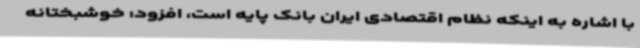
با اشاره به اینکه نظام اقتصادی ایران بانک پایه است، افزود: خوشبختانه